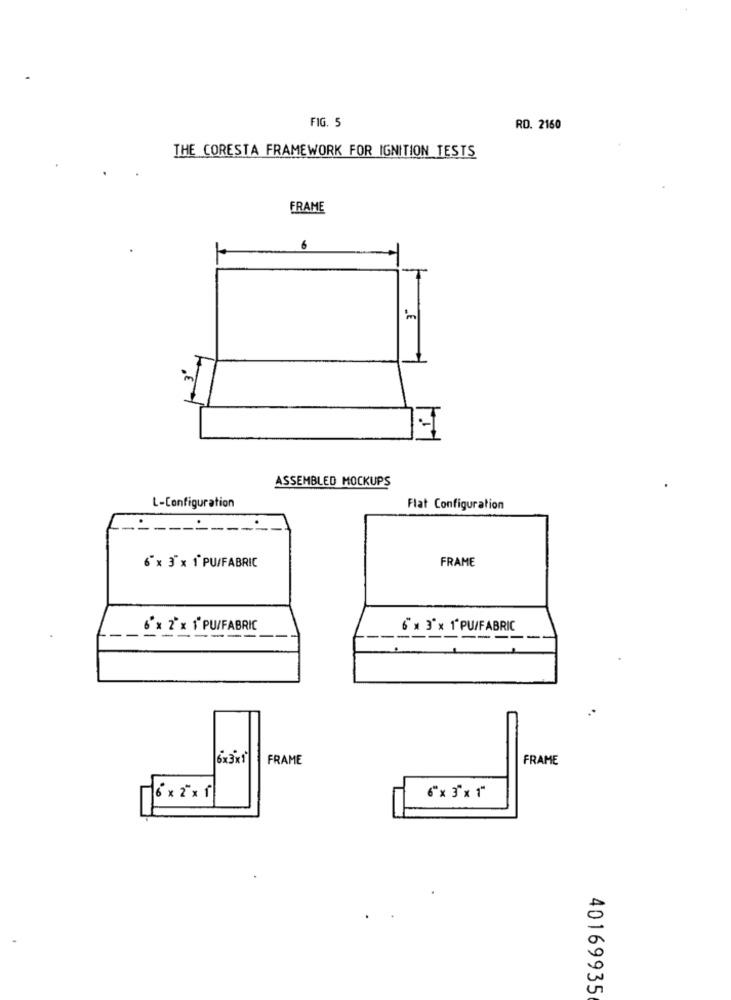
FIG. 5
RD. 2160
THE CORESTA FRAMEWORK FOR IGNITION TESTS
FRAME
'm
-1
ASSEMBLED MOCKUPS
L-Configuration
Flat Configuration
6" × 3" x 1 PU/FABRIC
FRAME
6'x 2"x 1 PU/FABRIC
6 × 3"x 1' PU/FABRIC
---
-----
6 x3x1
FRAME
FRAME
40169935